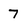
Character: 7